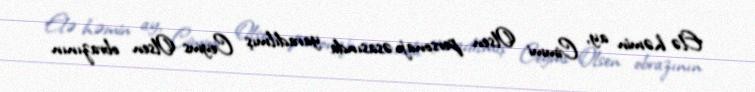
Elə həmin ay, Cimmi Olsen personajı əsasında yaradılmış Ceyms Olsen obrazının